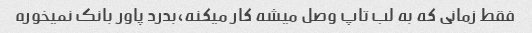
فقط زمانی که به لب تاپ وصل میشه کار میکنه،بدرد پاور بانک نمیخوره